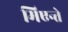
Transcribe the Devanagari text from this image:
मिएन्ते